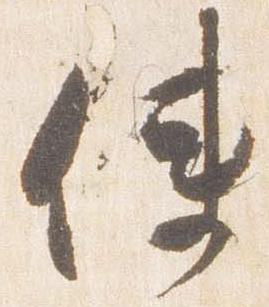
使